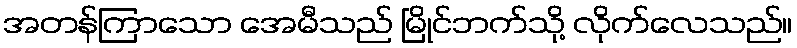
အတန်ကြာသော အေမီသည် မြိုင်ဘက်သို့ လိုက်လေသည်။